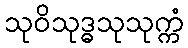
သုဝိသုဒ္ဓသုသုက္ကံ